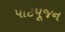
પાટપૂજન